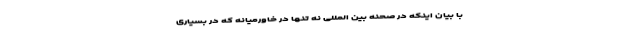
با بیان اینکه در صحنه بین المللی نه تنها در خاورمیانه که در بسیاری